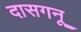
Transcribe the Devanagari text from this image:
दासगनू